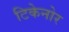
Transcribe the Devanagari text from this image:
टिकेनोर